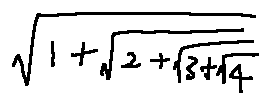
\sqrt { 1 + \sqrt { 2 + \sqrt { 3 + \sqrt { 4 } } } }